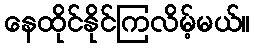
နေထိုင်နိုင်ကြလိမ့်မယ်။